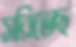
সরিতেছ